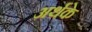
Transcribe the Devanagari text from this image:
अर्थके